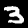
Digit: 3